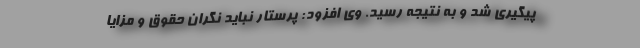
پیگیری شد و به نتیجه رسید. وی افزود: پرستار نباید نگران حقوق و مزایا